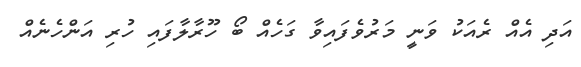
އަދި އެއް ރެއަކު ވަނީ މަރުވެފައިވާ ގަހެއް ބޯ ހޫރާލާފައި ހުރި އަންހެނެއް